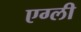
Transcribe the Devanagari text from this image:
एग्ली